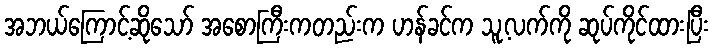
အဘယ်ကြောင့်ဆိုသော် အစောကြီးကတည်းက ဟန်ခင်က သူ့လက်ကို ဆုပ်ကိုင်ထားပြီး